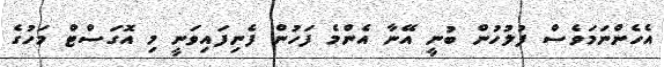
އެހެންނަމަވެސް ފުލުހުން ބުނީ އޭނާ އެންމެ ފަހުން ފެނިފައިވަނީ މި އޮގަސްޓް މަހުގެ